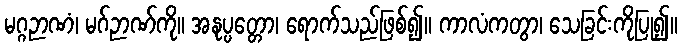
မဂ္ဂဉာဏံ၊ မဂ်ဉာဏ်ကို။ အနုပ္ပတ္တော၊ ရောက်သည်ဖြစ်၍။ ကာလံကတွာ၊ သေခြင်းကိုပြု၍။